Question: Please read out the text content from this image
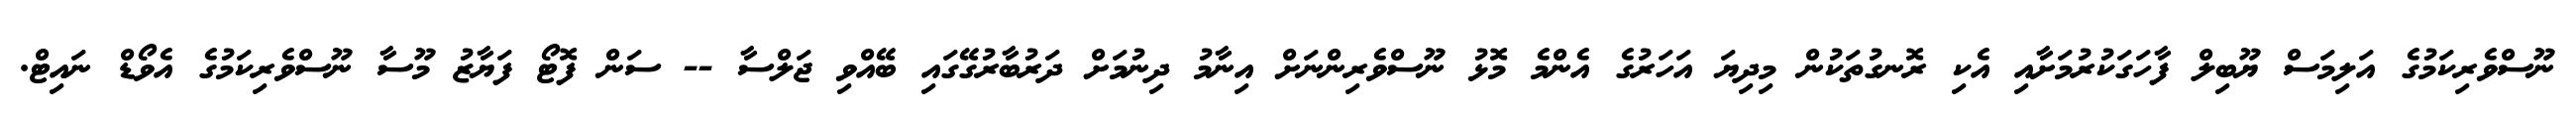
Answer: ނޫސްވެރިކަމުގެ އަލިމަސް ޔޫބިލް ފާހަގަކުރުމަށާއި އެކި ރޮނގުތަކުން މިދިޔަ އަހަރުގެ އެންމެ މޮޅު ނޫސްވެރިންނަށް އިނާމު ދިނުމަށް ދަރުބާރުގޭގައި ބޭއްވި ޖަލްސާ -- ސަން ފޮޓޯ ފަޔާޒު މޫސާ ނޫސްވެރިކަމުގެ އެވޯޑް ނައިޓް.